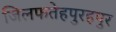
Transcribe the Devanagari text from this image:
जिलफतेहपुरहपुर